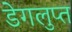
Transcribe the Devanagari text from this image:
डेगलुप्त